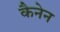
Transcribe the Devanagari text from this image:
कैनेन